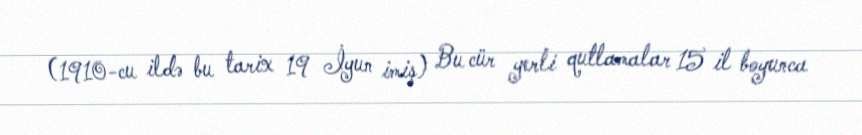
(1910-cu ildə bu tarix 19 İyun imiş) Bu cür yerli qutlamalar 15 il boyunca